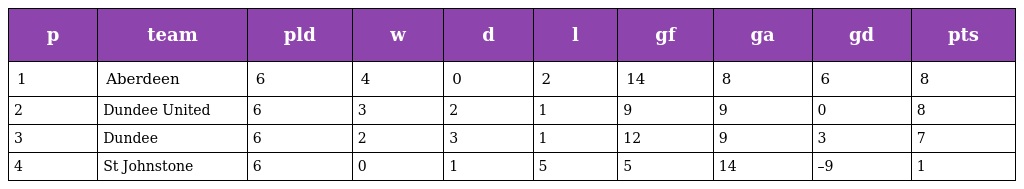
| p | team | pld | w | d | l | gf | ga | gd | pts |
 | --- | --- | --- | --- | --- | --- | --- | --- | --- | --- |
 | 1 | Aberdeen | 6 | 4 | 0 | 2 | 14 | 8 | 6 | 8 |
 | 2 | Dundee United | 6 | 3 | 2 | 1 | 9 | 9 | 0 | 8 |
 | 3 | Dundee | 6 | 2 | 3 | 1 | 12 | 9 | 3 | 7 |
 | 4 | St Johnstone | 6 | 0 | 1 | 5 | 5 | 14 | –9 | 1 |